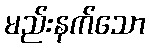
မည်းနက်သော